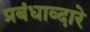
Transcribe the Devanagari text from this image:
प्रबंधाव्दारे